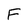
Character: F